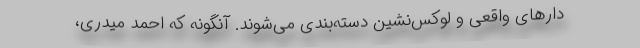
دارهای واقعی و لوکس‌نشین دسته‌بندی می‌شوند. آنگونه که احمد میدری،